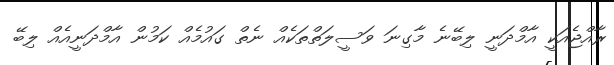
ރާއްޖެއަކީ އާމްދަނީ ލިބޭނެ މާގިނަ ވަސީލަތްތަކެއް ނެތް ގައުމެއް ކަމުން އާމްދަނީއެއް ލިބޭ